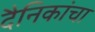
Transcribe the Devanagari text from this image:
दैनिकांचा